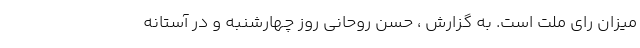
میزان رای ملت است. به گزارش ، حسن روحانی روز چهارشنبه و در آستانه